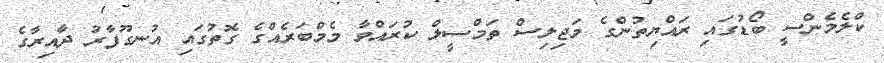
ކްލެމެންސީ ބޯޑުގައި ރައްޔިތުންގެ މަޖިލިސް ތަމްސީލް ކުރައްވާ މެމްބަރެއްގެ ގޮތުގައި އުނގޫފާރު ދާއިރާގެ